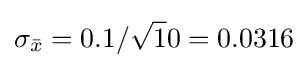
\sigma _{\bar {x}}=0.1/{\sqrt {1}}0=0.0316